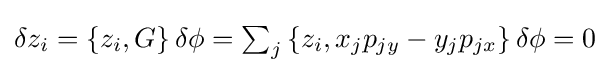
{\textstyle \delta z_{i}=\left\{z_{i},G\right\}\delta \phi =\sum _{j}\left\{z_{i},x_{j}p_{jy}-y_{j}p_{jx}\right\}\delta \phi =0}